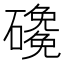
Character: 𱴻